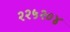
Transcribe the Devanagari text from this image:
२२५२०४